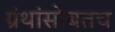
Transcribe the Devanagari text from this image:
ग्रंथांसोबतच